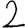
Digit: 2